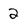
Character: 2